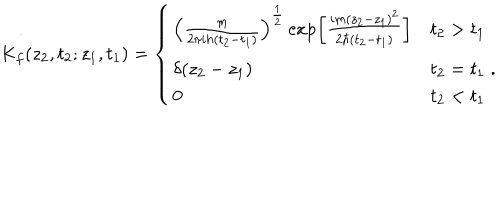
K _ { f } ( z _ { 2 } , t _ { 2 } ; z _ { 1 } , t _ { 1 } ) = \left\{ \begin{array} { l l } { { { \left( \frac { m } { 2 \pi i h ( t _ { 2 } - t _ { 1 } ) } \right) } ^ { \frac { 1 } { 2 } } \exp \left[ \frac { i m { ( z _ { 2 } - z _ { 1 } ) } ^ { 2 } } { 2 \hbar ( t _ { 2 } - t _ { 1 } ) } \right] } } & { { t _ { 2 } > t _ { 1 } } } \\ { { \delta ( z _ { 2 } - z _ { 1 } ) } } & { { t _ { 2 } = t _ { 1 } \; . } } \\ { { 0 } } & { { t _ { 2 } < t _ { 1 } } } \\ \end{array} \right.